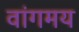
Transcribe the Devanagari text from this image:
वांगमय